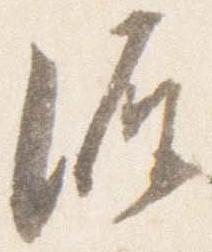
源